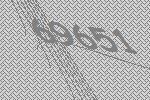
69651